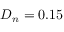
D _ { n } = 0 . 1 5